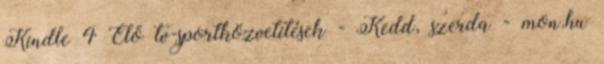
Kindle 4 Élő tv-sportközvetítések - Kedd, szerda - mon.hu